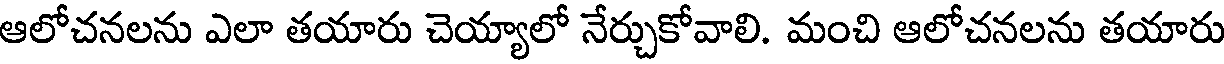
ఆలోచనలను ఎలా తయారు చెయ్యాలో నేర్చుకోవాలి. మంచి ఆలోచనలను తయారు